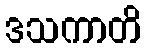
ဒသကာတိ